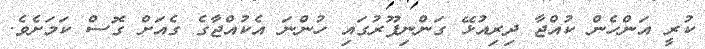
ކުރީ އަންހެން ކުއްޖާ ދިރިއުޅޭ ގަންނިޕޫރުގައި ހުންނަ އެކުއްޖާގެ ގެއަށް ގޮސް ކަމަށެވެ.